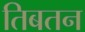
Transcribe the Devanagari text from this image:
तिबतन